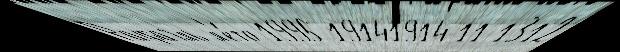
Рафаэль л'е́то 1995 19141914-11-1312